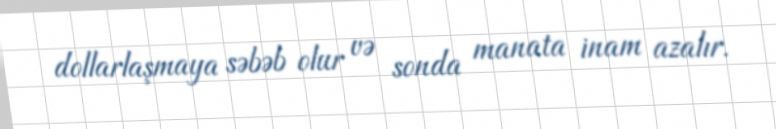
dollarlaşmaya səbəb olur və sonda manata inam azalır.